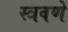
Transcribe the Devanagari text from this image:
स्त्रवणे